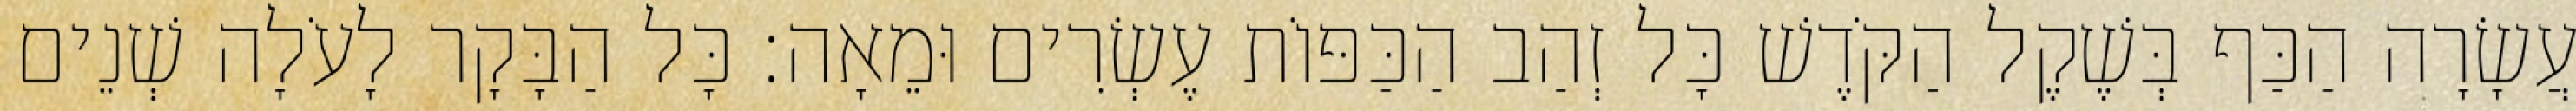
עֲשָׂרָה הַכַּף בְּשֶׁקֶל הַקֹּדֶשׁ כָּל זְהַב הַכַּפּוֹת עֶשְׂרִים וּמֵאָה׃ כָּל הַבָּקָר לָעֹלָה שְׁנֵים